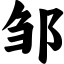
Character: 邹